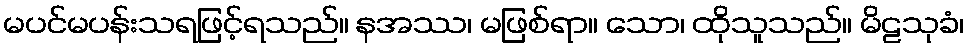
မပင်မပန်းသရဖြင့်ရသည်။ နအဿ၊ မဖြစ်ရာ။ သော၊ ထိုသူသည်။ မိဠသုခံ၊